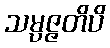
သမ္ပဇ္ဇတိပိ